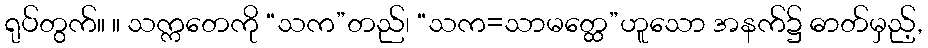
ရုပ်တွက်။ ။ သက္ကတေကို “သက”တည်၊ “သက=သာမတ္ထေ”ဟူသော အနက်၌ ဓာတ်မှည့်,